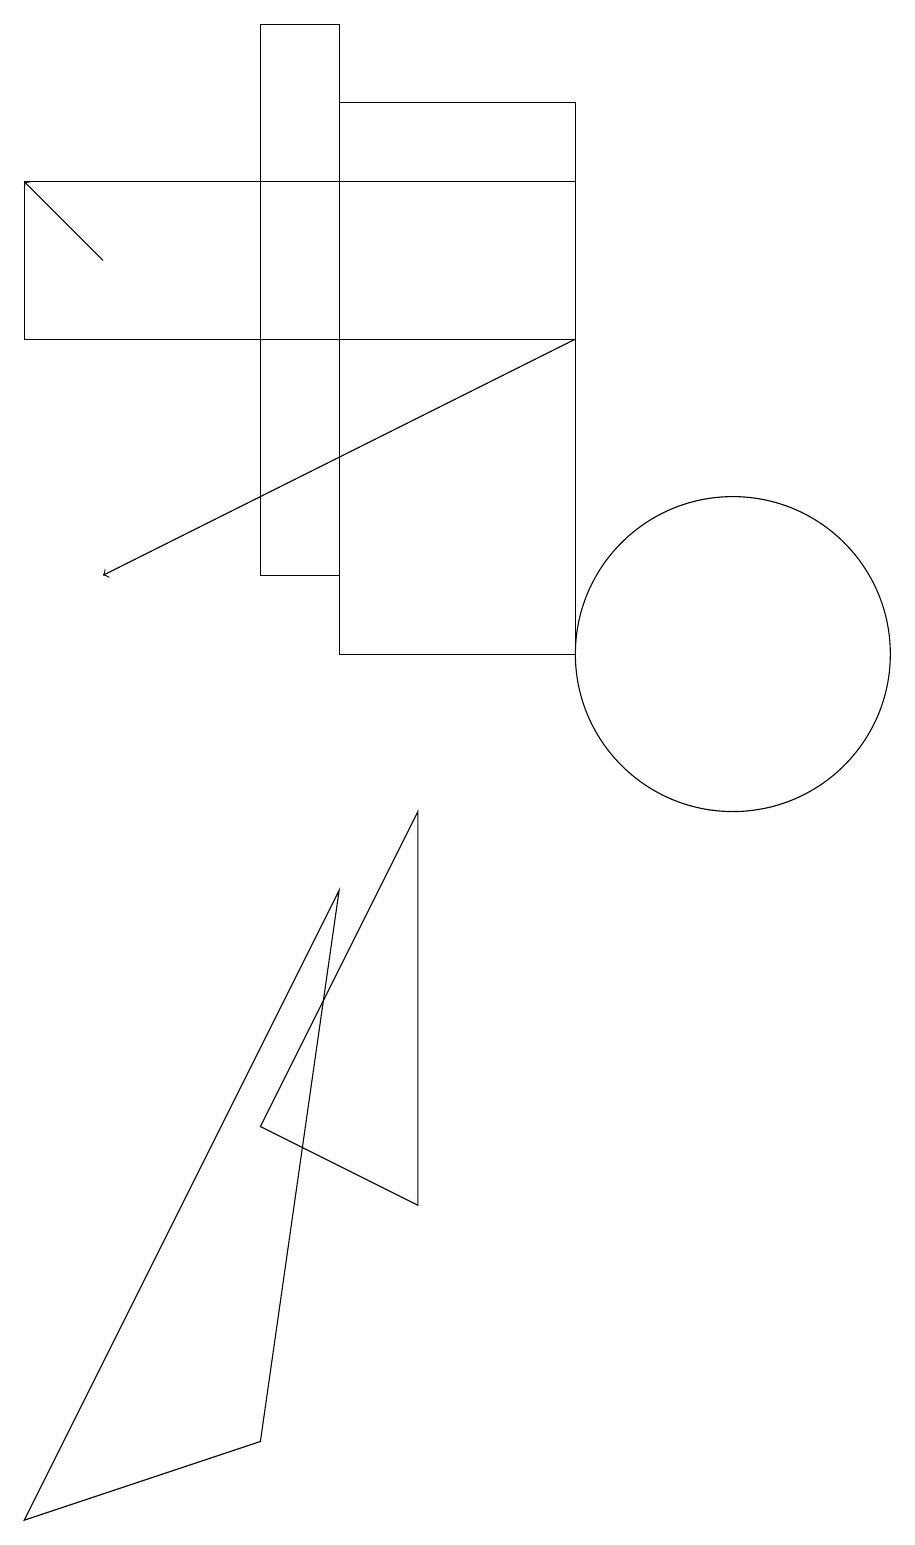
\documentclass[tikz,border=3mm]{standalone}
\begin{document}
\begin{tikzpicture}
\draw (9,18) rectangle (6,11);
\draw (2,0) -- (6,8) -- (5,1) -- cycle;
\draw (11,11) circle (2);
\draw[->] (9,15) -- (3,12);
\draw[->] (3,16) -- (2,17);
\draw (6,12) rectangle (5,19);
\draw (5,5) -- (7,4) -- (7,9) -- cycle;
\draw (9,15) rectangle (2,17);
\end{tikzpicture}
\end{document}